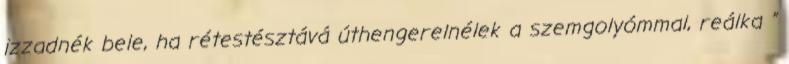
izzadnék bele, ha rétestésztává úthengerelnélek a szemgolyómmal, reálka ”